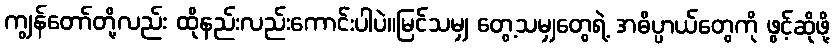
ကျွန်တော်တို့လည်း ထိုနည်းလည်းကောင်းပါပဲ။မြင်သမျှ တွေ့သမျှတွေရဲ့ အဓိပ္ပာယ်တွေကို ဖွင့်ဆိုဖို့